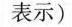
表示)